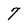
Character: 7